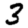
Digit: 3